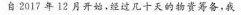
自2017年12月开始，经过几十天的物资筹备，我